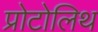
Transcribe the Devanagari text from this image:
प्रोटोलिथ